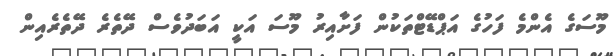
މޫސަގެ އެންމެ ފަހުގެ އަޕްޑޭޓްތަކުން ފަށާއިރު މޫސަ އަކީ އަބަދުވެސް ދޭތެރެ ދޭތެރެއިން